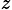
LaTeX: _z